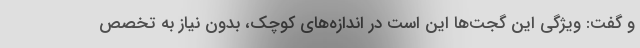
و گفت: ویژگی این گجت‌ها این است در اندازه‌های کوچک، بدون نیاز به تخصص